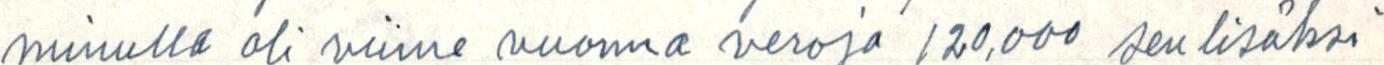
minulle oli viime vuonna veroja 120,000 sen lisäksi